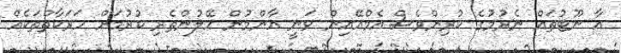
އާ ނޫޓުތައް ނެރުމުގެ ކުރިންވެސް އެމްއޭއިން ވަނީ އާންމުން ހޭލުންތެރި ކުރުމަށް ހަރަކާތްތަކެއް